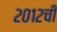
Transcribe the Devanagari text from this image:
२०१२ची